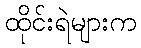
ထိုင်းရဲများက